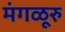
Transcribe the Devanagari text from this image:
मंगळूरु